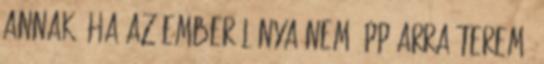
annak, ha az ember lánya nem épp arra terem,